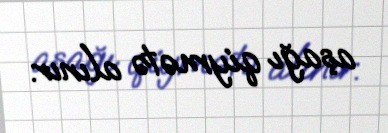
aşağı qiymətə alınır.